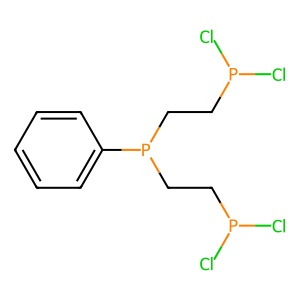
SMILES: ClP(Cl)CCP(CCP(Cl)Cl)c1ccccc1
Inhibits HIV replication: No